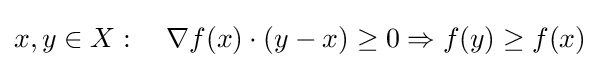
x,y\in X:\quad \nabla f(x)\cdot (y-x)\geq 0\Rightarrow f(y)\geq f(x)